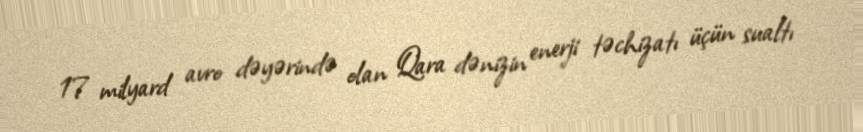
17 milyard avro dəyərində olan Qara dənizin enerji təchizatı üçün sualtı